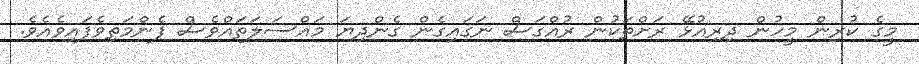
މީގެ ކުރިން މީހުން ދިރިއުޅޭ ރަށްތަކުން ރުއްގަސް ނަގައިގެން ގެންދިޔަ މައްސަލަތައްވެސް ފެންމަތިވެފައިވެއެވެ.